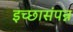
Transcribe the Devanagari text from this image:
इच्छासंपन्न